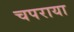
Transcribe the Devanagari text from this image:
चपराया